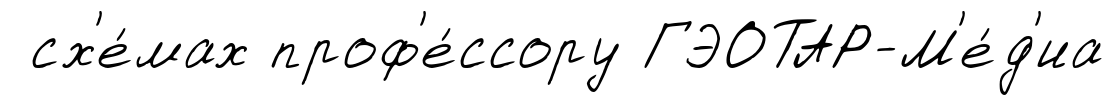
сх'е́мах проф'е́ссору ГЭОТАР-М'е́д'иа